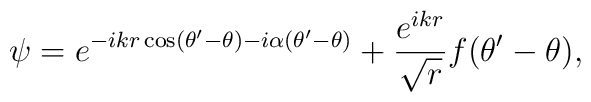
\psi=e^{-ikr\cos(\theta^\prime-\theta)-i\alpha(\theta^\prime-\theta)} +\displaystyle\frac{e^{ikr}}{\sqrt{r}}f(\theta^\prime-\theta),